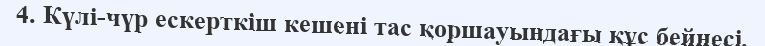
4. Күлі-чүр ескерткіш кешені тас қоршауындағы құс бейнесі.